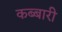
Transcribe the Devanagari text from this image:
कब्बारी